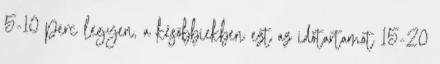
5-10 perc legyen, a későbbiekben ezt az időtartamot 15-20